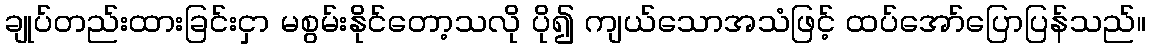
ချုပ်တည်းထားခြင်းငှာ မစွမ်းနိုင်တော့သလို ပို၍ ကျယ်သောအသံဖြင့် ထပ်အော်ပြောပြန်သည်။